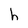
Character: h